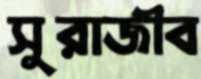
সুরাজীব